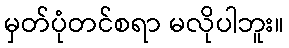
မှတ်ပုံတင်စရာ မလိုပါဘူး။